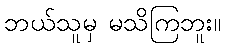
ဘယ်သူမှ မသိကြဘူး။